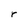
Character: r